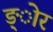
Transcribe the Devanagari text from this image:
ङ्ोर